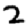
Digit: 2